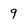
Character: 9